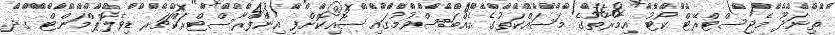
ތިނަދޫ މެޖިސްޓްރޭޓް ކޯޓު އިމާރާތުގެ މަސައްކަތުގެ އެއްބަސްވުމުގައި ސޮއިކޮށްފި އިންފްރާސްޓްރަކްޗަރ ޑިވެލޮޕްމަންޓް ގދ.